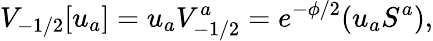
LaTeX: V_{-1/2}[u_{a}]=u_{a}V_{-1/2}^{a}=e^{-\phi/2}(u_{a}S^{a}),